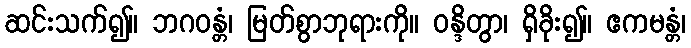
ဆင်းသက်၍။ ဘဂဝန္တံ၊ မြတ်စွာဘုရားကို။ ဝန္ဒိတွာ၊ ရှိခိုး၍။ ဧကမန္တံ၊